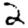
Digit: 2